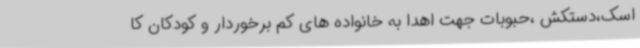
اسک،دستکش ،حبوبات جهت اهدا به خانواده های کم برخوردار و کودکان کا